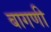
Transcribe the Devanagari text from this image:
बागणी